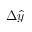
\Delta \widehat { y }